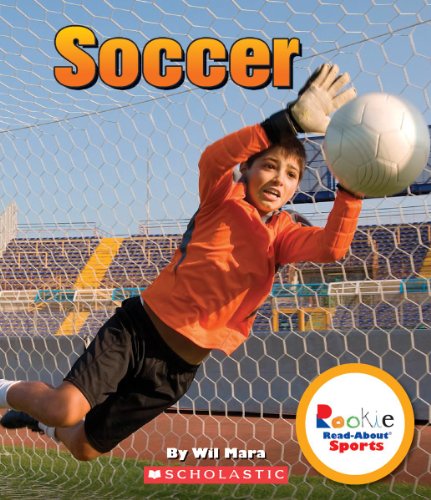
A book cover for Soccer (Rookie Read-About Sports); Wil Mara; Children's Books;